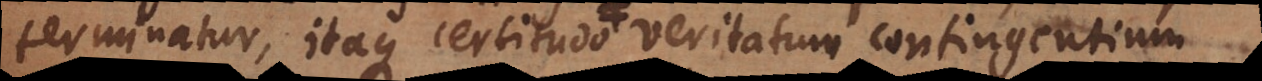
terminatur, itaque certitudo veritatum contingentium